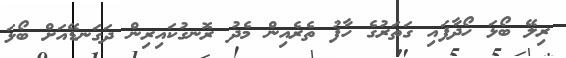
ރިލޭ ބޯޅަ ހޯދާފައި ގަތަރުގެ ހާފު ތެރެއިން މެދު ރޮނގުކައިރިން ދަގަނޑޭއަށް ބޯޅަ